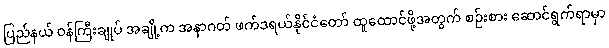
ပြည်နယ် ဝန်ကြီးချုပ် အချို့က အနာဂတ် ဖက်ဒရယ်နိုင်ငံတော် ထူထောင်ဖို့အတွက် စဉ်းစား ဆောင်ရွက်ရာမှာ